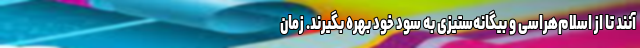
آنند تا از اسلام‌هراسی و بیگانه‌ستیزی به سود خود بهره بگیرند. زمان